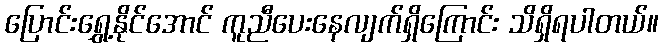
ပြောင်းရွှေ့နိုင်အောင် ကူညီပေးနေလျက်ရှိကြောင်း သိရှိရပါတယ်။